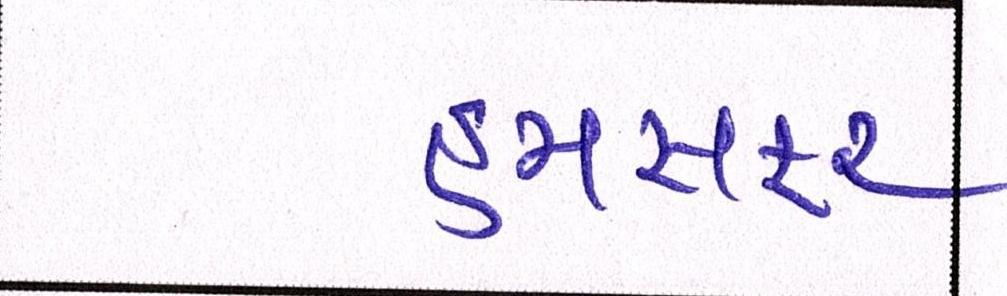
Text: હમસફર